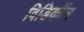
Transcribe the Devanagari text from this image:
विडिकॉन